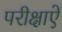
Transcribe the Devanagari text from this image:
परीक्षाऐं